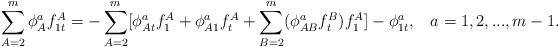
LaTeX: \begin{align*}\sum\limits_{A=2}^m\phi _A^af_{1t}^A=-\sum\limits_{A=2}^m[\phi_{At}^af_1^A+\phi _{A1}^af_t^A+\sum\limits_{B=2}^m(\phi_{AB}^af_t^B)f_1^A]-\phi _{1t}^a,\;\;\;a=1,2,...,m-1.\end{align*}